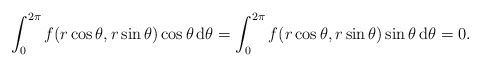
\begin{align*} \int_0^{2\pi}f(r\cos\theta,r\sin\theta)\cos\theta \, \mathrm{d}\theta=\int_0^{2\pi}f(r\cos\theta,r\sin\theta)\sin\theta \, \mathrm{d}\theta=0.\end{align*}